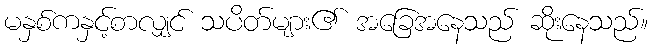
မနှစ်ကနှင့်စာလျှင် သပိတ်များ၏ အခြေအနေသည် ဆိုးနေသည်။